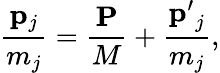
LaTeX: \frac{{\mathbf p_{j}}}{m_{j}}=\frac{{\mathbf P}}{M}+\frac{{\mathbf p^{\prime}}_{j}}{m_{j}},